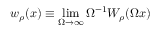
w _ { \rho } ( x ) \equiv \operatorname* { l i m } _ { \Omega \to \infty } \Omega ^ { - 1 } W _ { \rho } ( \Omega x )